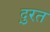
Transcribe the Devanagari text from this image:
दु्रत